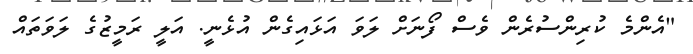
"އެންމެ ކުރިންސުރެން ވެސް ފޯނަށް ލަވަ އަޅައިގެން އުޅެނީ. އަލީ ރަމީޒުގެ ލަވަތައް